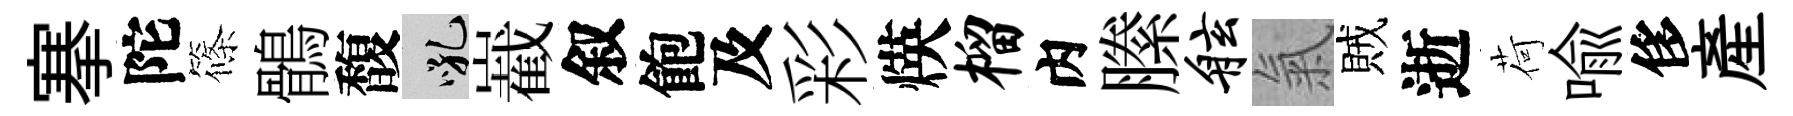
搴陀篠鶻馥吼嶻叙飽及彩煐榴内縢舷氣賊逝荷喩侈産